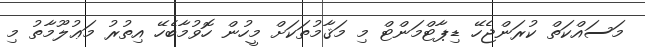
މަސައްކަތް ކުރަންޖެހޭ ޑިޕާޓްމަންޓް މި މަޤާމުތަކަށް މީހުން ހޮވުމާބެހޭ އިތުރު މަޢުލޫމާތު މި